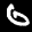
Label: 6